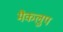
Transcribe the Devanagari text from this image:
मैकलुप